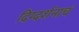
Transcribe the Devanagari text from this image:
दिग्दर्शनाचं